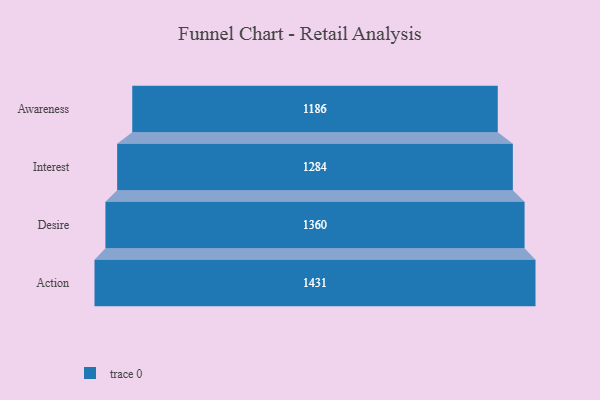
{"axis": {"x": "Stage", "y": "Value"}, "legend": [""], "data": [{"x": "Awareness", "y": 1186.0, "type": ""}, {"x": "Interest", "y": 1284.0, "type": ""}, {"x": "Desire", "y": 1360.0, "type": ""}, {"x": "Action", "y": 1431.0, "type": ""}]}